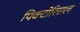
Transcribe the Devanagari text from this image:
पिक्टोरिएल